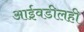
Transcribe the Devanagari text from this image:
आईवडीलही